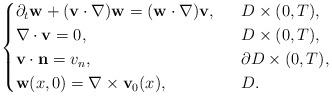
LaTeX: \begin{align*}\begin{cases}\partial_t\mathbf{w}+(\mathbf{v}\cdot \nabla)\mathbf{w}=(\mathbf{w}\cdot \nabla)\mathbf{v},\ \ &D\times (0,T),\\\nabla\cdot \mathbf{v}=0,\ \ &D\times (0,T),\\\mathbf{v}\cdot \mathbf{n}=v_n,\ \ &\partial D\times (0,T),\\\mathbf{w}(x, 0)=\nabla\times \mathbf{v}_0(x), \ \ &D.\end{cases}\end{align*}